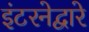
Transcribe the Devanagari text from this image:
इंटरनेद्वारे